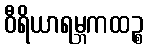
ဝီရိယာရမ္ဘကထဉ္စ